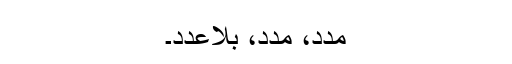
مدد، مدد، بلاعدد۔